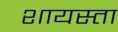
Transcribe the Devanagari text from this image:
शायस्ता